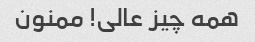
همه چیز عالی! ممنون